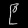
Digit: ၉